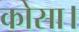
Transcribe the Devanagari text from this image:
कोसा।